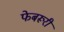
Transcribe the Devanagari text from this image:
फेबरूरी